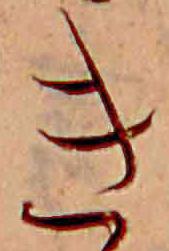
き